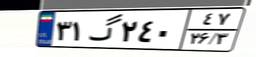
۳۱گ۲۴۰۴۷